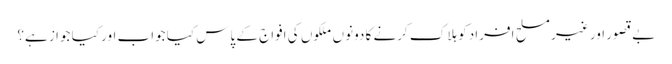
بے قصور اور غیر مسلح افراد کو ہلاک کرنے کا دونوں ملکوں کی افواج کے پاس کیا جواب اور کیا جوا ز ہے؟